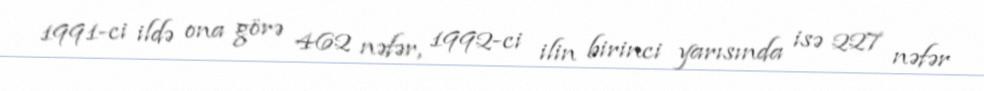
1991-ci ildə ona görə 462 nəfər, 1992-ci ilin birinci yarısında isə 227 nəfər